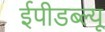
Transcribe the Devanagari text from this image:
ईपीडब्ल्यू